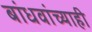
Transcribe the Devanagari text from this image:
बांधवांच्याही